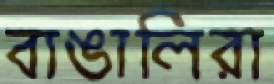
বাঙালিরা